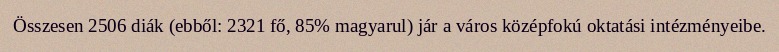
Összesen 2506 diák (ebből: 2321 fő, 85% magyarul) jár a város középfokú oktatási intézményeibe.